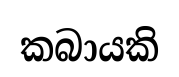
කබායකි